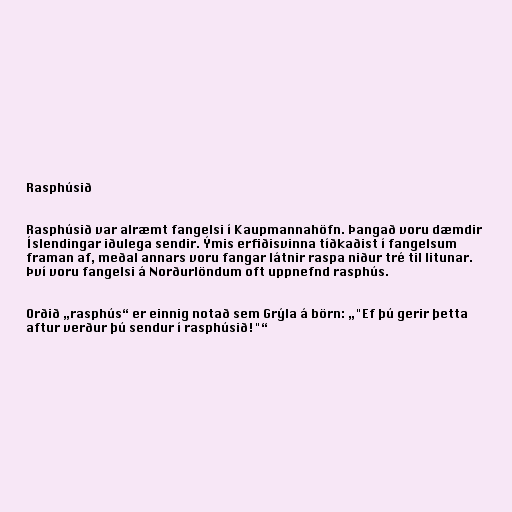
Rasphúsið

Rasphúsið var alræmt fangelsi í Kaupmannahöfn. Þangað voru dæmdir
Íslendingar iðulega sendir. Ýmis erfiðisvinna tíðkaðist í fangelsum
framan af, meðal annars voru fangar látnir raspa niður tré til litunar.
Því voru fangelsi á Norðurlöndum oft uppnefnd rasphús.

Orðið „rasphús“ er einnig notað sem Grýla á börn: „"Ef þú gerir þetta
aftur verður þú sendur í rasphúsið!"“